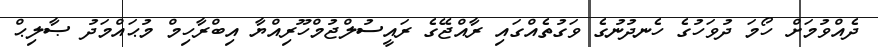
ދެއްވުމަށް ހޯމަ ދުވަހުގެ ހެނދުނުގެ ވަގުތެއްގައި ރާއްޖޭގެ ރައީސުލްޖުމްހޫރިއްޔާ އިބްރާހިމް މުޙައްމަދު ޞާލިޙް